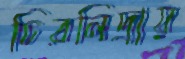
চিরনিদ্রায়